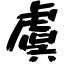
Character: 虞